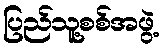
ပြည်သူ့စစ်အဖွဲ့